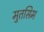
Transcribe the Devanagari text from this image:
मुतसिम